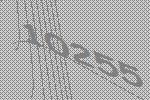
10255